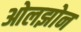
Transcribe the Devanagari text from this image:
ओलझोन